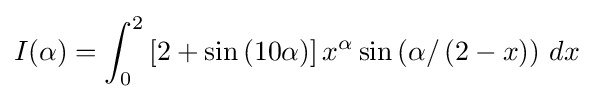
I(\alpha )=\int _{0}^{2}\left[2+\sin \left(10\alpha \right)\right]x^{\alpha }\sin \left(\alpha /\left(2-x\right)\right)\,dx